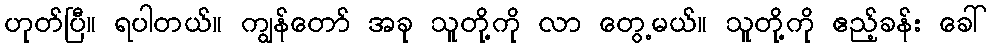
ဟုတ်ပြီ။ ရပါတယ်။ ကျွန်တော် အခု သူတို့ကို လာ တွေ့မယ်။ သူတို့ကို ဧည့်ခန်း ခေါ်